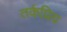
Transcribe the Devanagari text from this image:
तर्कप्रिय